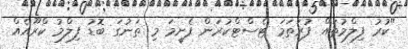
"ކުރު ފިލްމުތައް ފުރަތަމަ ޓެސްޓްކުރަން ފެށީމަ މި ތަނުގަ ބޮޑު ފިލްމު ކްރޫއެއް